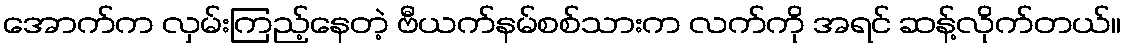
အောက်က လှမ်းကြည့်နေတဲ့ ဗီယက်နမ်စစ်သားက လက်ကို အရင် ဆန့်လိုက်တယ်။